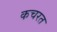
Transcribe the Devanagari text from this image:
कचरत